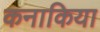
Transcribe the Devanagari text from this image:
कनाकिया